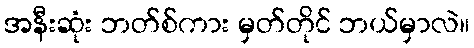
အနီးဆုံး ဘတ်စ်ကား မှတ်တိုင် ဘယ်မှာလဲ။